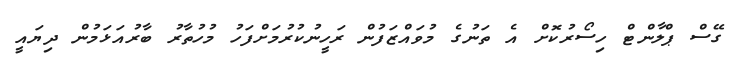
ގޭސް ޕްލާންޓް ހިސޯރުކޮށް އެ ތަނުގެ މުވައްޒަފުން ރަހީނުކުރުމަށްފަހު މުހުތާރު ބާރުއަޅަމުން ދިޔައީ